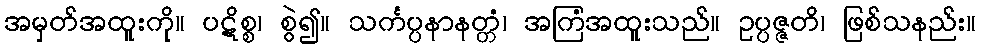
အမှတ်အထူးကို။ ပဋိစ္စ၊ စွဲ၍။ သင်္ကပ္ပနာနတ္တံ၊ အကြံအထူးသည်။ ဥပ္ပဇ္ဇတိ၊ ဖြစ်သနည်း။